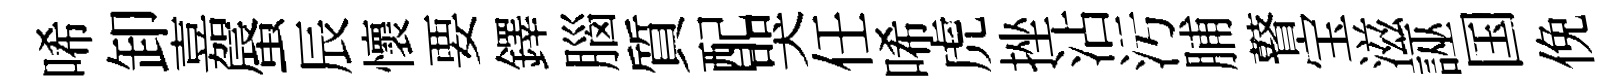
唏卸嘉蜃辰懷要鐸腦質配哭任唏虎挫沾污脯瞽宝滋誣国俛